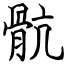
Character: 骯